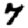
Digit: 7